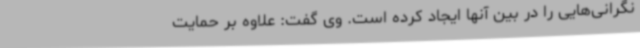
نگرانی‌هایی را در بین آنها ایجاد کرده است. وی گفت: علاوه بر حمایت